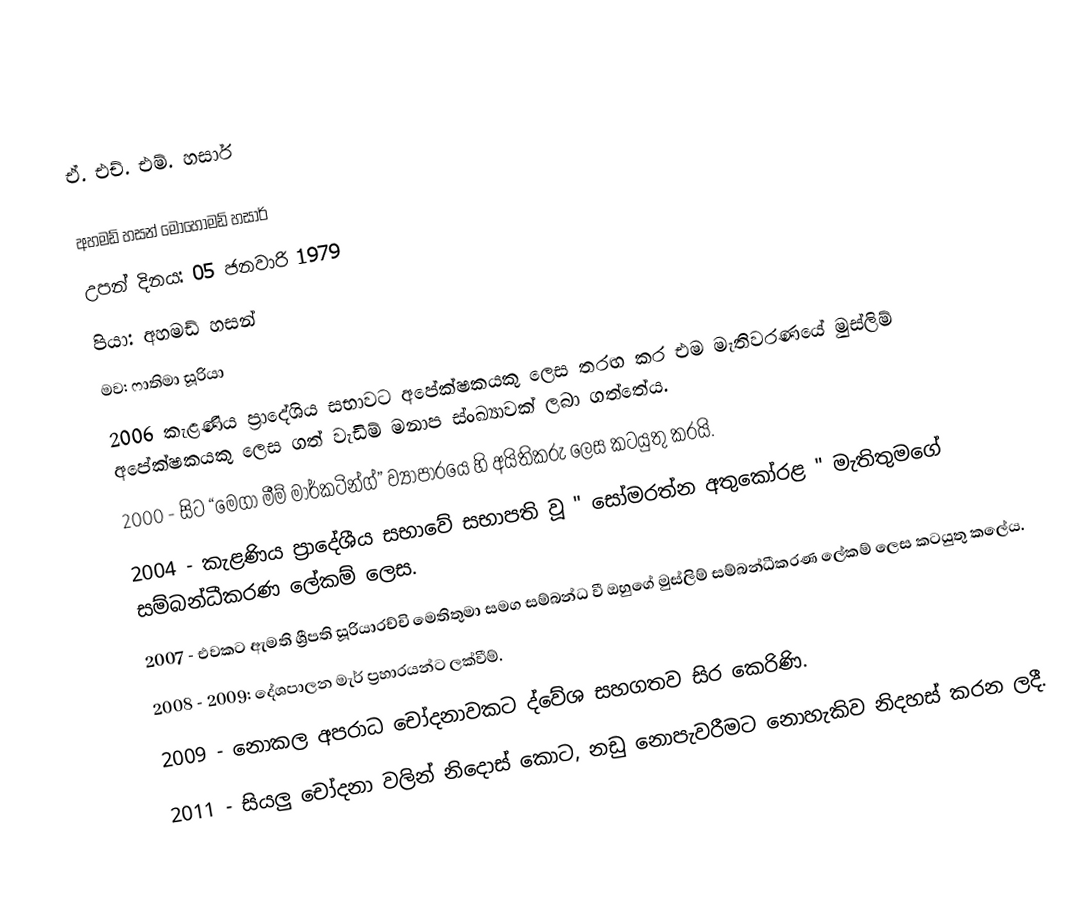
ඒ. එච්. එම්. හසාර්

අහමඩ් හසන් මොහොමඩ් හසාර්
උපන් දිනය: 05 ජනවාරි 1979
පියා: අහමඩ් හසන්
මව: ෆාතිමා සූරියා
 2006 කැළණිය ප්‍රාදේශිය සභාවට  අපේක්ෂකයකු ලෙස තරඟ කර එම මැතිවරණයේ මුස්ලිම් අපේක්ෂකයකු ලෙස ගත් වැඩිම් මනාප ස්ංඛ්‍යාවක් ලබා ගත්තේය.
 2000 - සිට “මෙගා මීම් මාර්කටින්ග්” ව්‍යාපාරයෙ හි අයිතිකරු ලෙස කටයුතු කරයි.
 2004 - කැළණිය ප්‍රාදේශීය සභාවේ සභාපති වූ  " සෝමරත්න අතුකෝරළ " මැතිතුමගේ  සම්බන්ධීකරණ ලේකම් ලෙස.
 2007 - එවකට ඇමති ශ්‍රීපති සූරියාරච්චි මෙතිතුමා සමග සම්බන්ධ වී ඔහුගේ මුස්ලිම් සම්බන්ධීකරණ ලේකම් ලෙස කටයුතු කලේය.
 2008 - 2009: දේශපාලන මැර් ප්‍රහාරයන්ට ලක්වීම්.
 2009 - නොකල අපරාධ චෝදනාවකට ද්වේශ සහගතව සිර කෙරිණි.
 2011 - සියලු චෝදනා වලින් නිදොස් කොට, නඩු නොපැවරීමට නොහැකිව නිදහස් කරන ලදී.